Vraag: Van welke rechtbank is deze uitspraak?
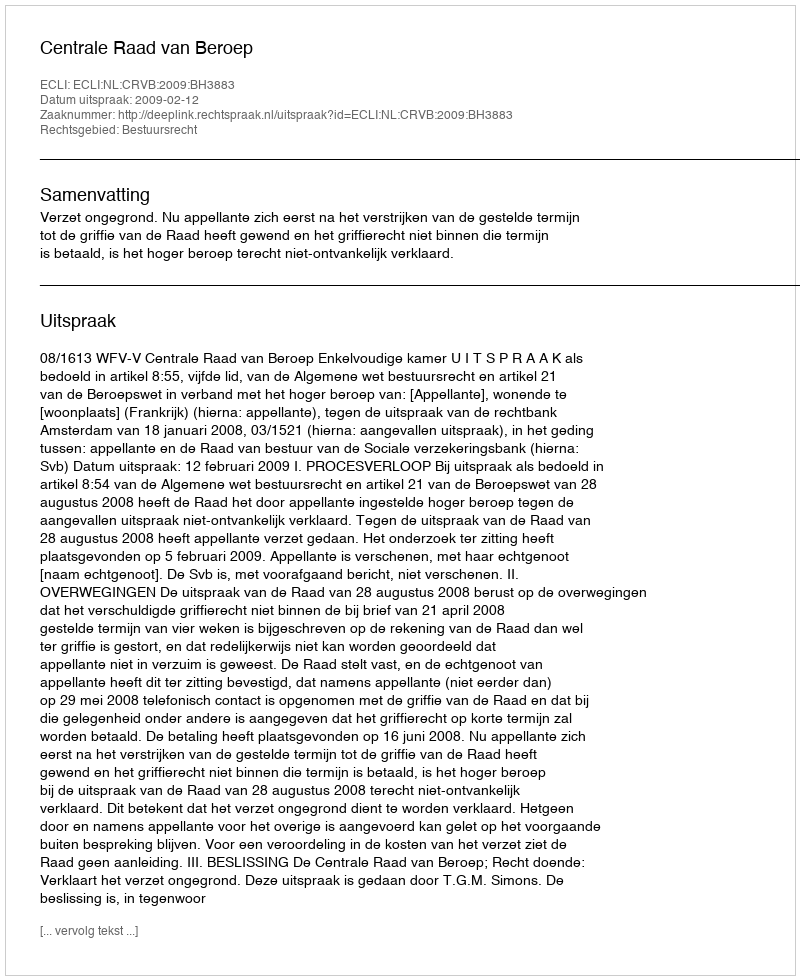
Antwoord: Centrale Raad van Beroep